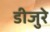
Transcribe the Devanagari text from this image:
डीजुरे